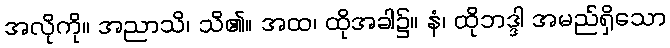
အလိုကို။ အညာသိ၊ သိ၏။ အထ၊ ထိုအခါ၌။ နံ၊ ထိုဘဒ္ဒါ အမည်ရှိသော